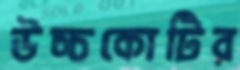
উচ্চকোটির